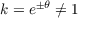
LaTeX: k = e ^ { \pm \theta } \neq 1